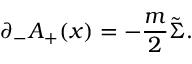
{ \partial } _ { - } A _ { + } ( x ) = - \frac { m } { 2 } \tilde { \Sigma } .